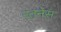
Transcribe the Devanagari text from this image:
रतनेस